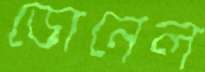
ডোনেল